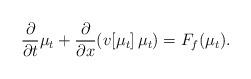
LaTeX: \begin{align*}\frac{\partial}{\partial t}\mu_t + \frac{\partial}{\partial x} (v[\mu_t]\,\mu_t ) = F_f(\mu_t).\end{align*}